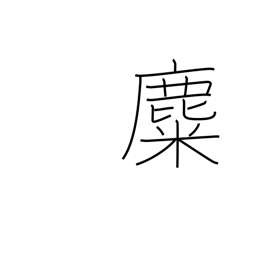
Meaning: reindeer